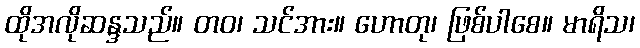
ထိုအလိုဆန္ဒသည်။ တဝ၊ သင်အား။ ဟောတု၊ ဖြစ်ပါစေ။ မာရိသ၊